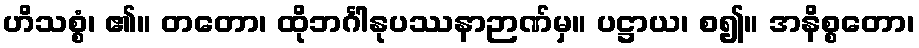
ဟိသစ္စံ၊ ၏။ တတော၊ ထိုဘင်္ဂါနုပဿနာဉာဏ်မှ။ ပဋ္ဌာယ၊ စ၍။ အနိစ္စတော၊